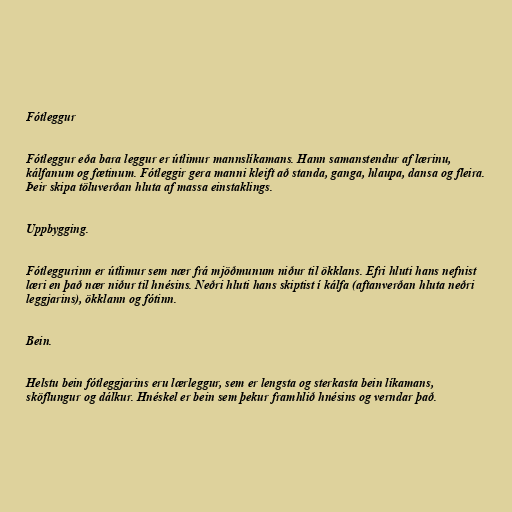
Fótleggur

Fótleggur eða bara leggur er útlimur mannslíkamans. Hann samanstendur af lærinu,
kálfanum og fætinum. Fótleggir gera manni kleift að standa, ganga, hlaupa, dansa og fleira.
Þeir skipa töluverðan hluta af massa einstaklings.

Uppbygging.

Fótleggurinn er útlimur sem nær frá mjöðmunum niður til ökklans. Efri hluti hans nefnist
læri en það nær niður til hnésins. Neðri hluti hans skiptist í kálfa (aftanverðan hluta neðri
leggjarins), ökklann og fótinn.

Bein.

Helstu bein fótleggjarins eru lærleggur, sem er lengsta og sterkasta bein líkamans,
sköflungur og dálkur. Hnéskel er bein sem þekur framhlið hnésins og verndar það.